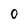
Character: O